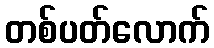
တစ်ပတ်လောက်